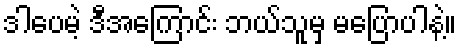
ဒါပေမဲ့ ဒီအကြောင်း ဘယ်သူမှ မပြောပါနဲ့။